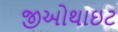
જીઓથાઇટ